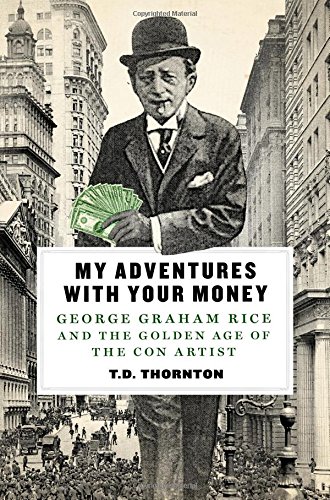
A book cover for My Adventures with Your Money: George Graham Rice and the Golden Age of the Con Artist; T.D. Thornton; Biographies & Memoirs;